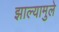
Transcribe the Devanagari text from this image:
झाल्यामुले